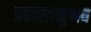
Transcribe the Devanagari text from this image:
प्रवासानुभव